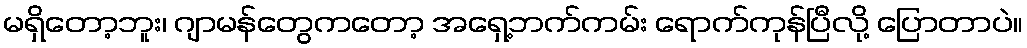
မရှိတော့ဘူး၊ ဂျာမန်တွေကတော့ အရှေ့ဘက်ကမ်း ရောက်ကုန်ပြီလို့ ပြောတာပဲ။